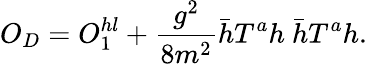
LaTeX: O_{D}=O_{1}^{hl}+\frac{g^{2}}{8m^{2}}\bar{h}T^{a}h\ \bar{h}T^{a}h.